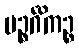
ပဉ္စင်္ဂိကဉ္စ